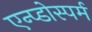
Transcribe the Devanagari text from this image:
एन्प्डोस्पर्म